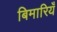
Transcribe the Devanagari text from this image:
बिमारियँ